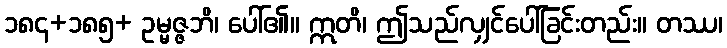
၁၈၄+၁၈၅+ ဥမ္မဇ္ဇဘိ၊ ပေါ်၏။ ဣတိ၊ ဤသည်လျှင်ပေါ်ခြင်းတည်း။ တဿ၊